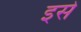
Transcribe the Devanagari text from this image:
इसे